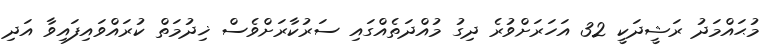
މުޙައްމަދު ރަޝީދަކީ 32 އަހަރަށްވުރެ ދިގު މުއްދަތެއްގައި ސަރުކާރަށްވެސް ޚިދުމަތް ކުރައްވައިފައިވާ އަދި